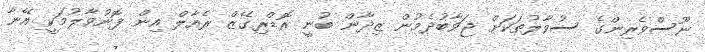
ނޫސްވެރިންގެ ސުވާލުތަކަށް ޖަވާބުދެމުން ޒިދާން ބުނީ ރޮޑްރިގޭޒް ރެއާލް އިން ފޮނުވާލުމަކީ އޭނާ